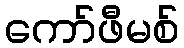
ကော်ဖီမစ်